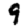
Digit: 9